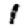
Digit: 1